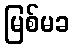
မြစ်မခ